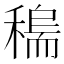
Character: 𥡼